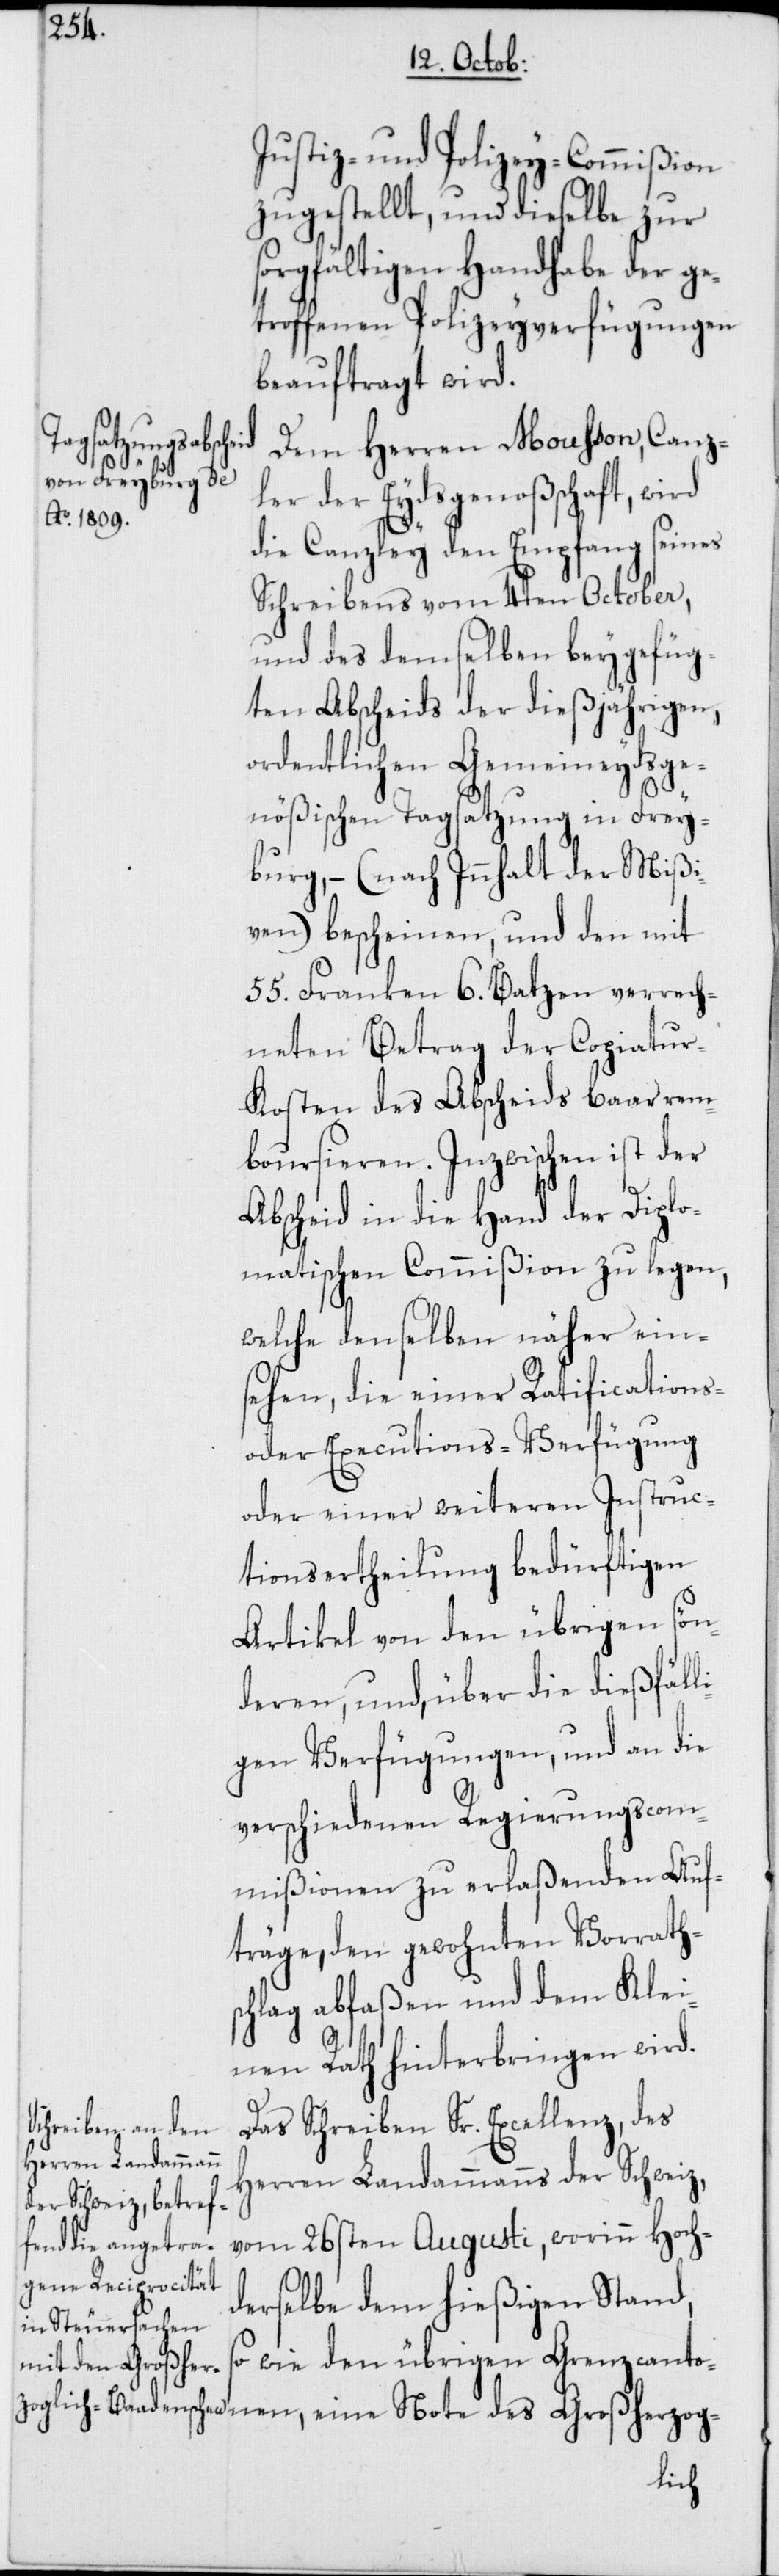
Justiz- und Polizey-Commißion
zugestellt, und dieselbe zur
sorgfältigen Handhabe der g¬
etroffenen Polizeyverfügungen
beauftragt wird.
nen, eine Note
Dem Herren Mousson, Canz¬
ler der Eydsgenoßschaft, wird
die Canzley den Empfang seines
Schreibens vom 4ten October,
und des demselben beygefüg¬
ten Abscheids der dießjährigen,
ordentlichen Gemeineydsge¬
nößischen Tagsatzung in Frey¬
burg, – (nach Innhalt der Mißi¬
ven) bescheinen, und den mit
55. Franken 6. Batzen verrech¬
neten Betrag der Copiatu¬
r-Kosten des Abscheids baar rem¬
boursieren. Inzwischen ist der
Abscheid in die Hand der Diplo¬
matischen Commißion zu legen,
welche denselben näher ein¬
sehen, die einer Ratifications-
oder Executions-Verfügung
oder einer weiteren Instruc¬
tionsertheilung bedürftigen
Artikel von den übrigen sön¬
deren, und, über die dießfäll¬
igen Verfügungen, und an die
verschiedenen Regierungscom¬
mißionen zu erlaßenden Auf¬
träge, den gewohnten Vorrath¬
schlag abfaßen und dem Klei¬
nen Rath hinterbringen wird.
Das Schreiben Sr. Excellenz, des
Herren Landammanns der Schweiz,
vom 26sten Augusti, worinn Hoch¬
derselbe dem hießigen Stand,
o wie den übrigen Grenzcanto¬
s¬